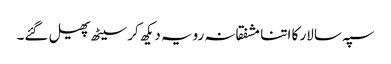
سپہ سالار کا اتنا مشفقانہ رویہ دیکھ کر سیٹھ پھیل گئے۔